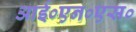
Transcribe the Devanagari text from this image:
आई०एन०एस०